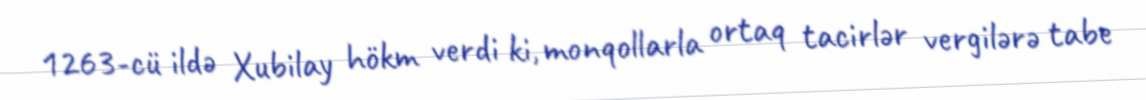
1263-cü ildə Xubilay hökm verdi ki, monqollarla ortaq tacirlər vergilərə tabe